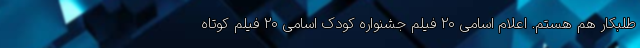
طلبکار هم هستم. اعلام اسامی 20 فیلم جشنواره کودک اسامی ۲۰ فیلم کوتاه